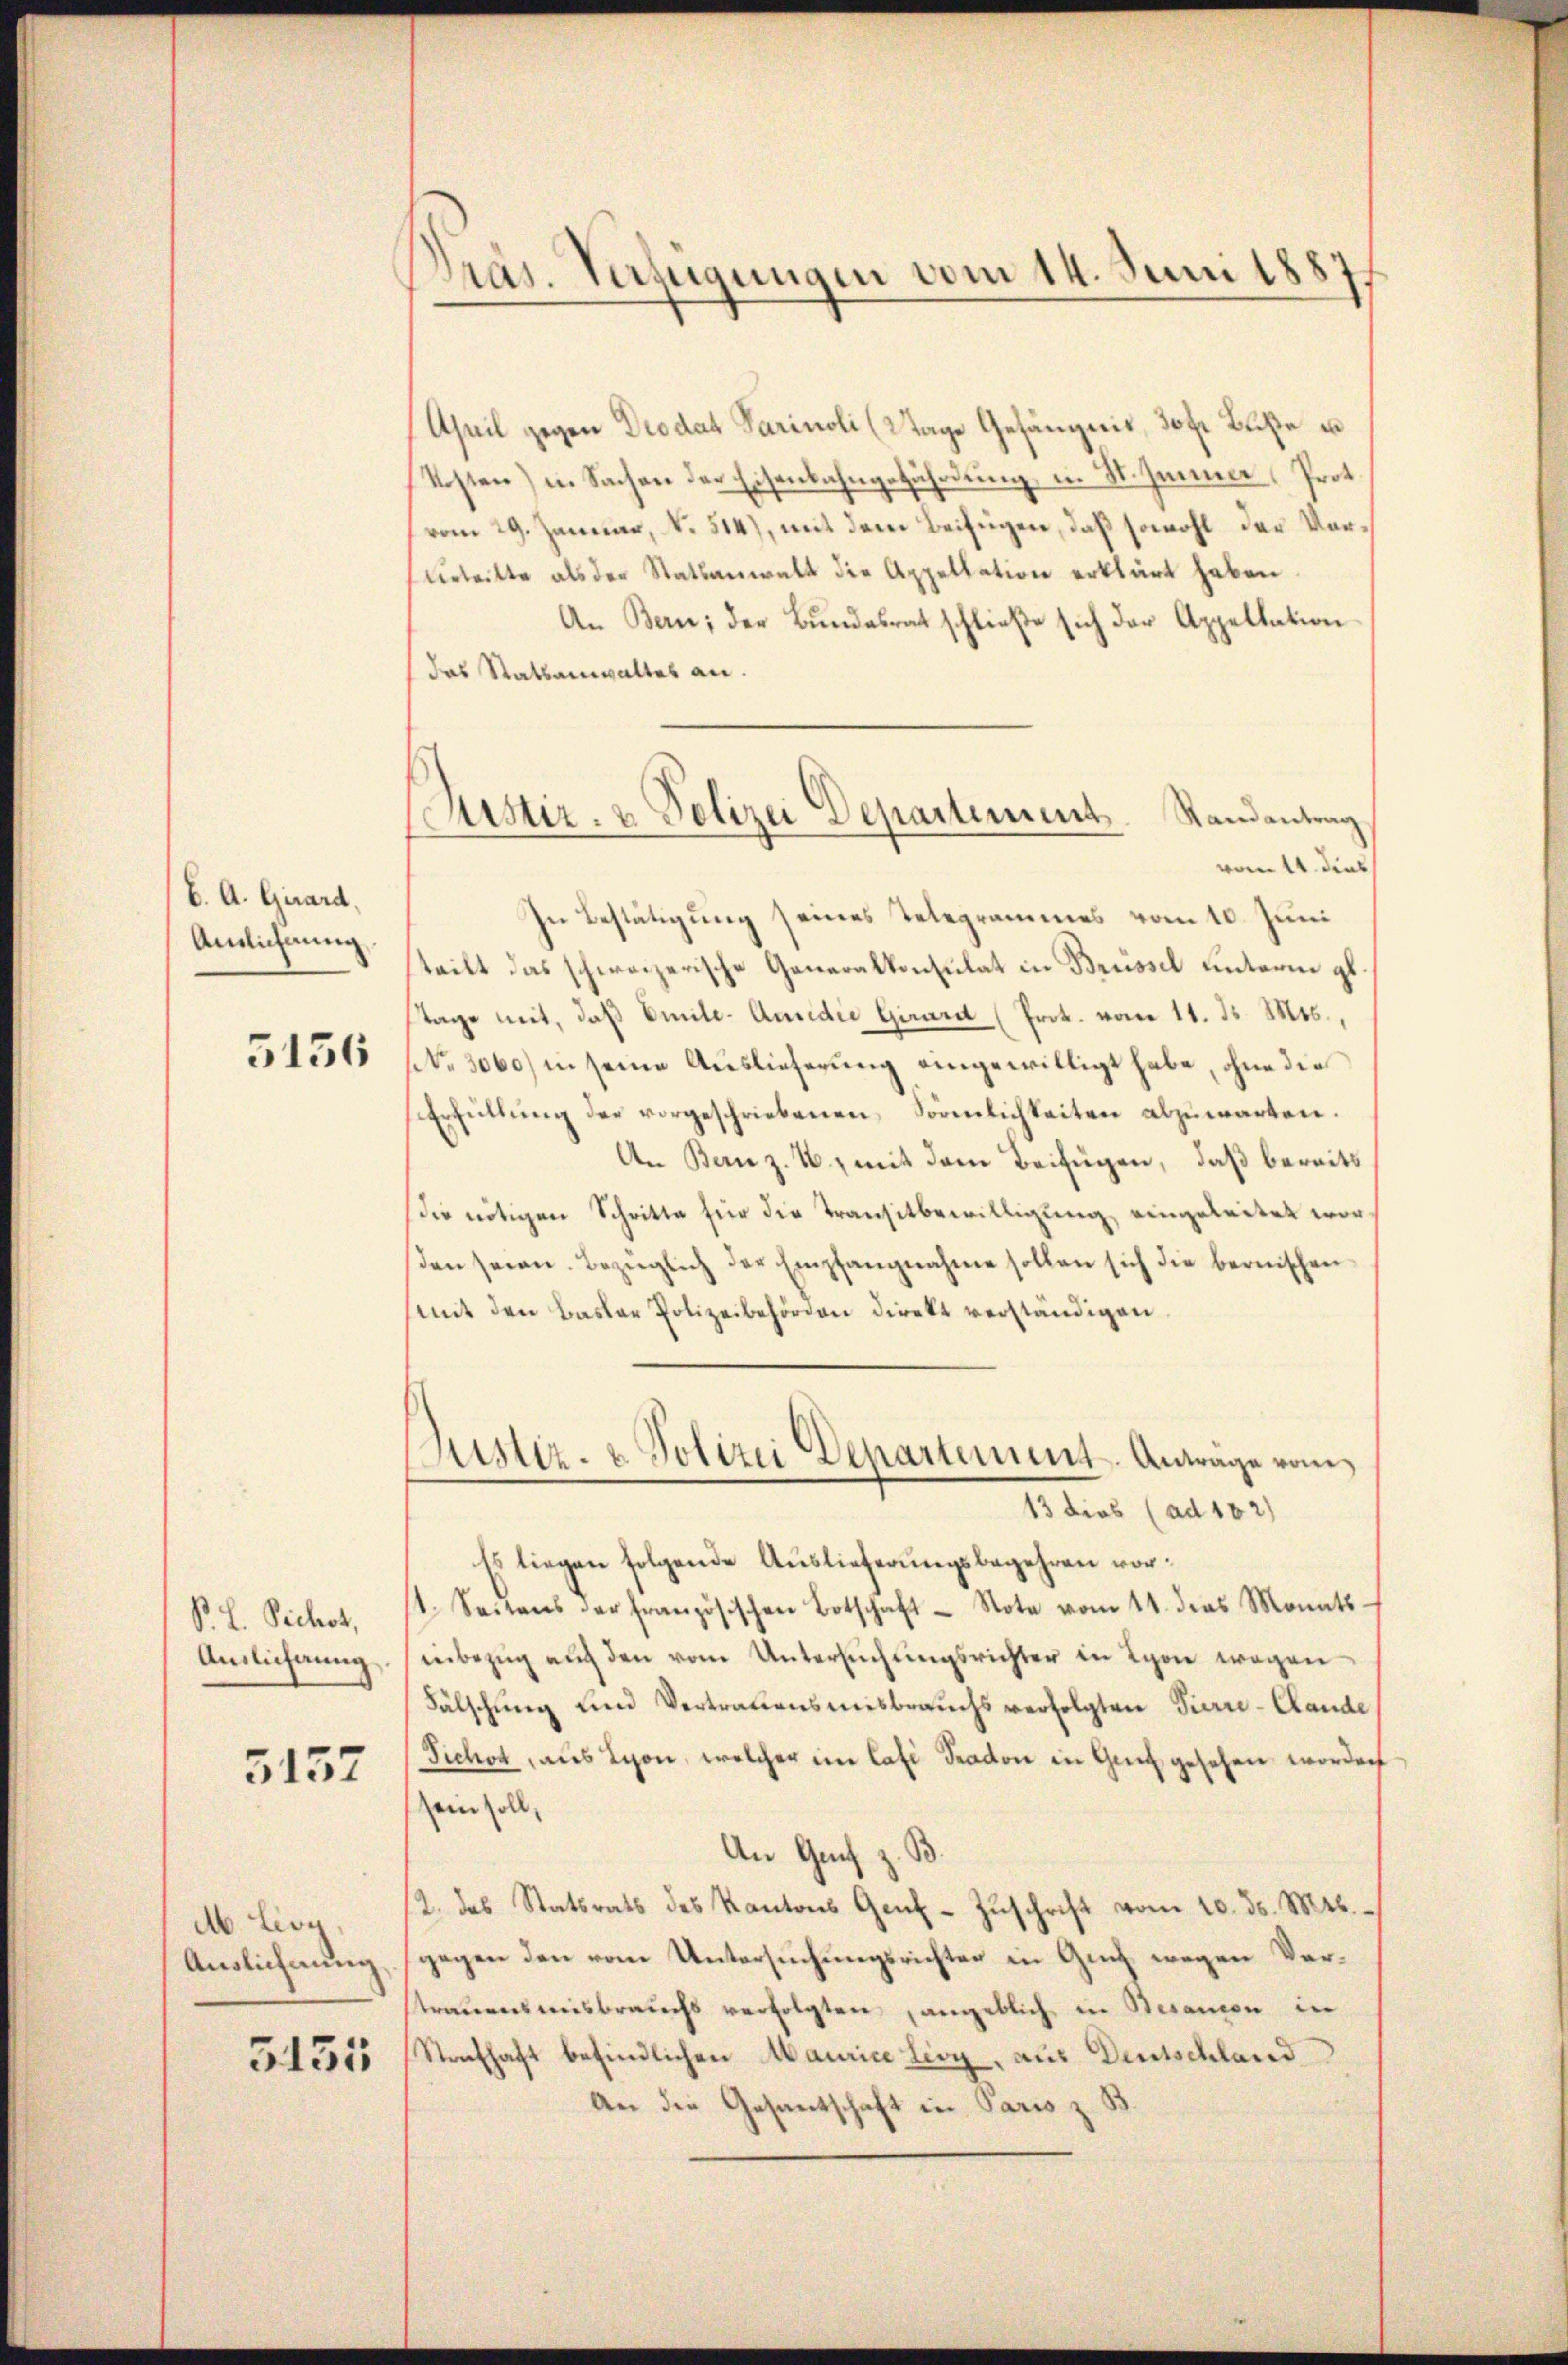
6. A. Girard,
Anlichnung

5156

P. L. Sichet,
Anslichnung

5157

d Lieg
Auslichnung

5151

Präs. Verfügungen vom 14. Juni 1887,

April gegen Diodat Parivoli (Wage Gefängnis, 30 fr. Buße u
Kosten) in Sachen der Eisenbahngefährdung in St. Jenner Prot.
vom 29. Januar, No. 514), mit dem Beifügen, daß sowohl der Verŭrtritte als der Statsanwalt die Appellation erklärt haben.
An Bern; der Bundesrat schließe sich der Appellation
das Statsanwaltes an.
vom 14. dies
In Bestätigung seines Telegrammes vom 10. Juni
teilt das schweizerische Generalkonsulat in Brüssel unterm 9t
Tage mit, daß Emile-Ausidie Girard (Prok. vom 11. d. Mts.,
(No. 3060) in seine Auslieferung eingewilligt habe, ohne die
Erfüllung der vorgeschriebenen Förmlichkeiten abzuwarten.
An Bern z. B., mit dem Beifügen, daß bereits
die nötigen Schritte für die Transitbewilligung eingeleitet worsden seien. Bezüglich der Empfangnahme sollen sich die bernischen
mit den Basler Polizeibehörden direkt verständigen.
Zustiz- & Polizei Departement. Anträge vom
13 dies (ad 102)
Es liegen folgende Auslieferungsbegehren vor¬
1. Seitens der französischen Botschaft Note vom 11. das Monats-
inbezŭg aŭf den vom Untersŭchŭngsrichter in Lyon wegen
Fälschung und Vertrauensmisbrauchs verfolgten Tierre-Lande
Tichot aus Lyon, welcher im Casi Sradon in Genf gesehen worden
(sein soll,
An Genf z. B.
2. das Statsrats des Kantons Genf-Zŭschrift vom 10. ds. Mts.
gegen den vom Untersuchungsrichter in Guch, wegen Verstrauensmisbrauchs verfolgten, angeblich in Besanen in
Strafhaft befindlichen Maurice Lioy, aus Deutschland
An die Gesantschaft in Paris z

Sistir- u Polizei Departement. Randantrag